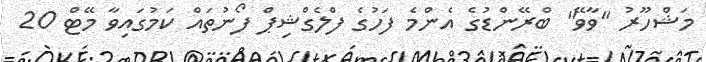
މަޝްހޫރު "ވާވޭ" ބްރޭންޑުގެ އެންމެ ފަހުގެ ފްލެގްޝިޕް ފޯނުތައް ކަމުގައިވާ މޭޓް 20